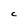
Character: C